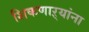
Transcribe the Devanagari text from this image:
शिकणाऱ्यांना